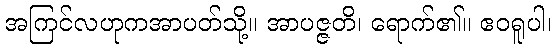
အကြင်လဟုကအာပတ်သို့။ အာပဇ္ဇတိ၊ ရောက်၏။ ဧဝရူပါ၊